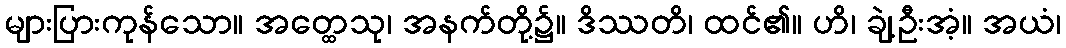
များပြားကုန်သော။ အတ္ထေသု၊ အနက်တို့၌။ ဒိဿတိ၊ ထင်၏။ ဟိ၊ ချဲ့ဦးအံ့။ အယံ၊